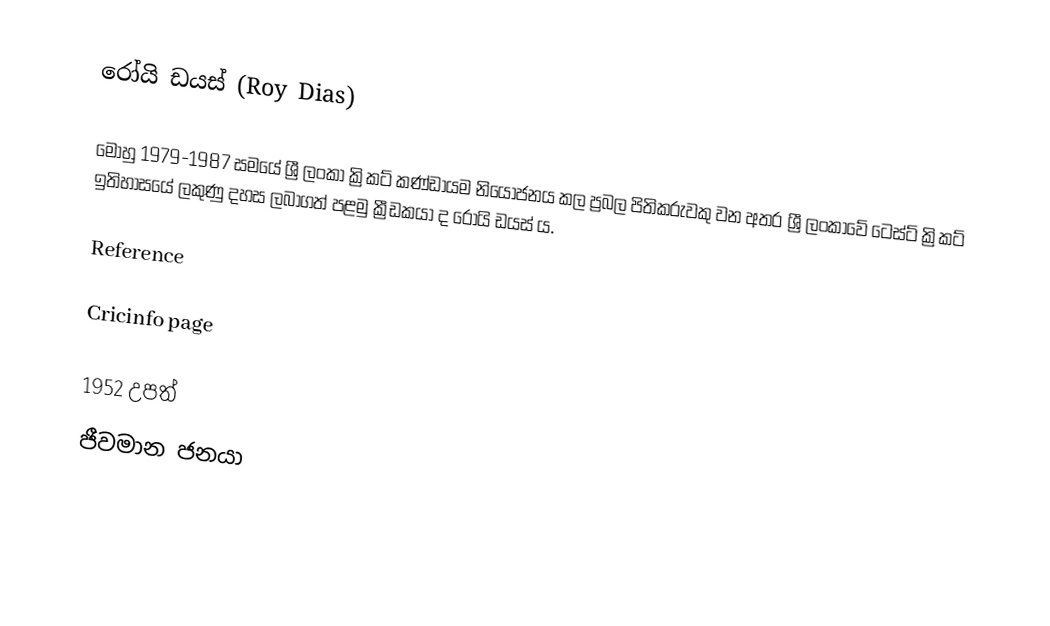
රෝයි ඩයස් (Roy Dias)

මොහු 1979-1987 සමයේ ශ්‍රී ලංකා ක්‍රිකට් කණ්ඩායම නියෝජනය කල ප්‍රබල පිතිකරුවකු වන අතර ශ්‍රී ලංකාවේ ටෙස්ට් ක්‍රිකට් ඉතිහාසයේ ලකුණු දහස ලබාගත් පළමු ක්‍රීඩකයා ද රෝයි ඩයස් ය.

Reference

 Cricinfo page

1952 උපත්
ජීවමාන ජනයා